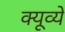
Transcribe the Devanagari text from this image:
क्यूव्ये